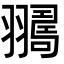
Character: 𦒛